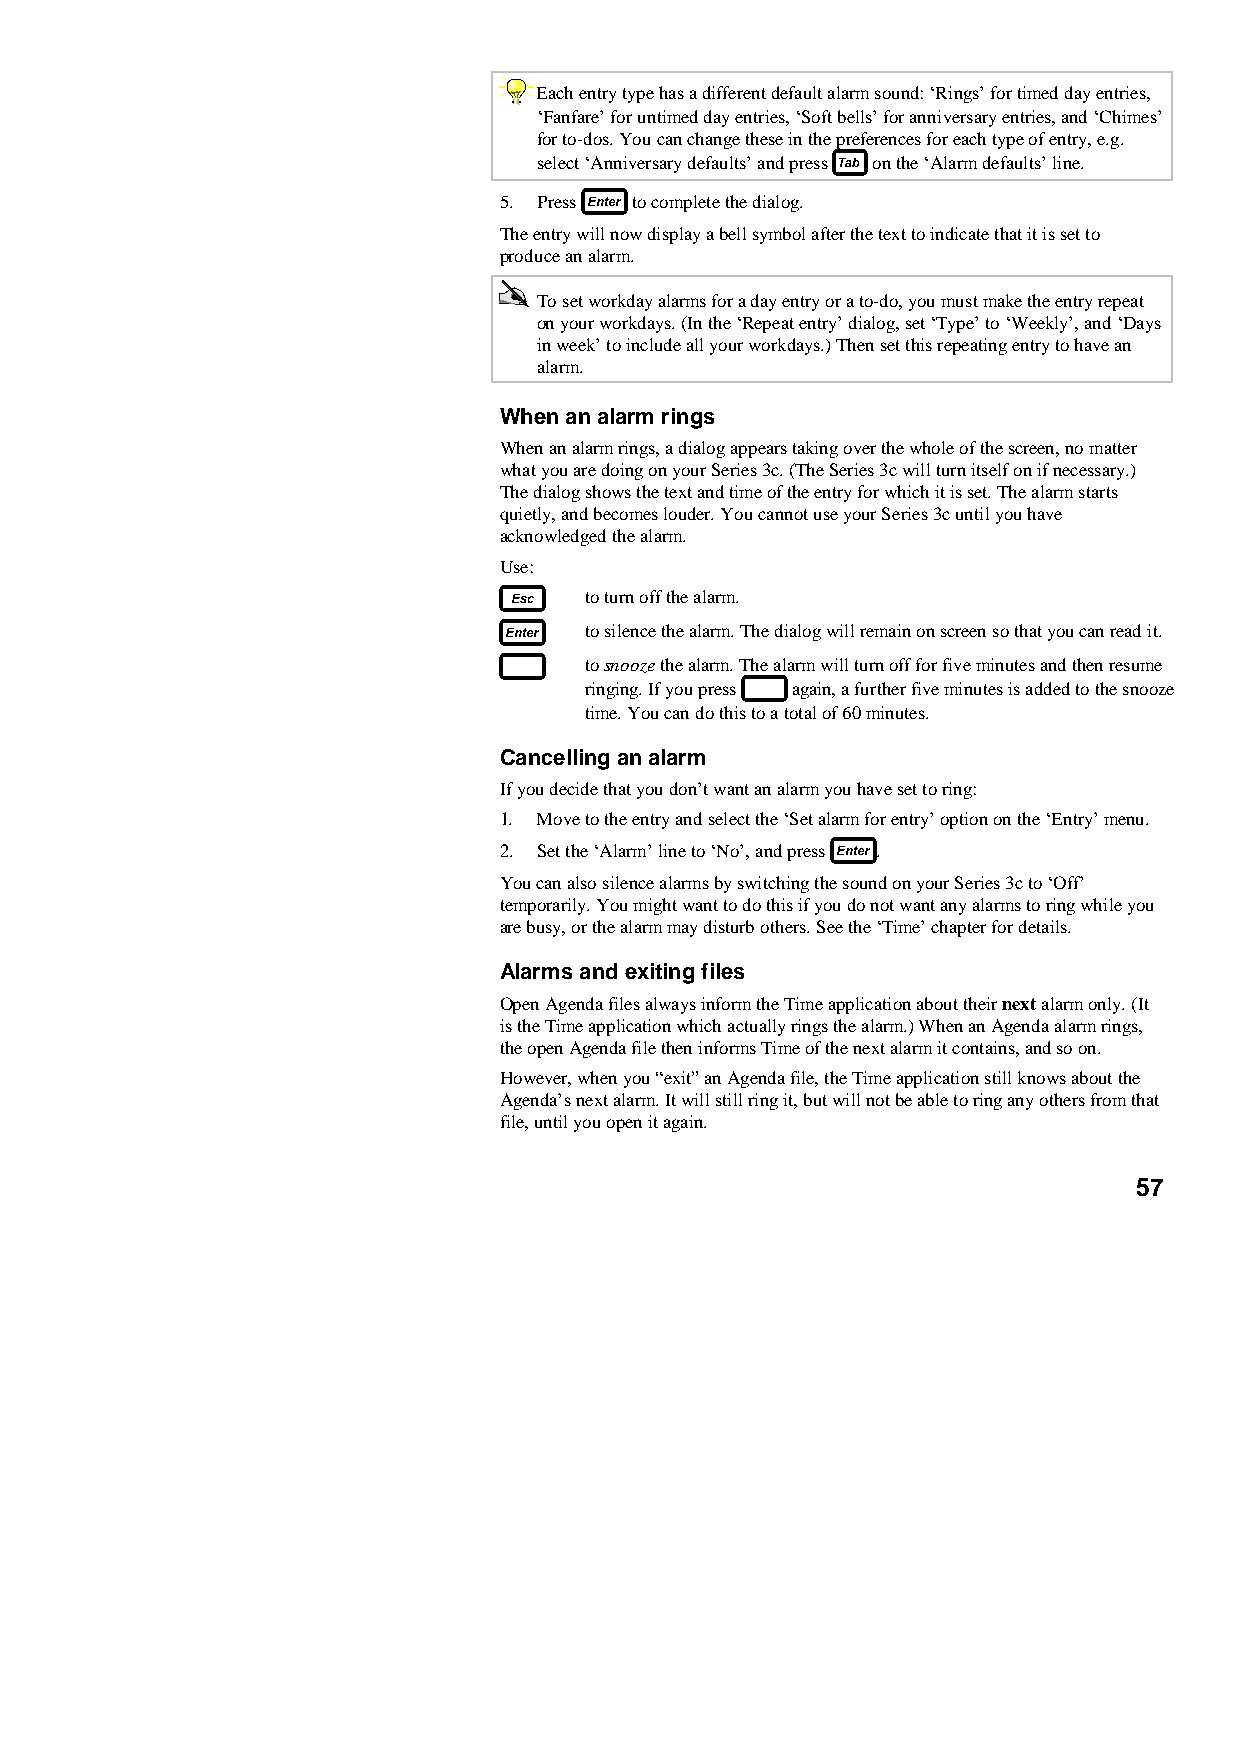
Each entry type has a different default alarm sound: ‘Rings’ for timed day entries,
 ‘Fanfare’ for untimed day entries, ‘Soft bells’ for anniversary entries, and ‘Chimes’
 for to-dos. You can change these in the preferences for each type of entry, e.g.
 select ‘Anniversary defaults’ and press on the ‘Alarm defaults’ line.
 5. Press to complete the dialog.
 The entry will now display a bell symbol after the text to indicate that it is set to
 produce an alarm.
 To set workday alarms for a day entry or a to-do, you must make the entry repeat
 on your workdays. (In the ‘Repeat entry’ dialog, set ‘Type’ to ‘Weekly’, and ‘Days
 in week’ to include all your workdays.) Then set this repeating entry to have an
 alarm.
 When an alarm rings
 When an alarm rings, a dialog appears taking over the whole of the screen, no matter
 what you are doing on your Series 3c. (The Series 3c will turn itself on if necessary.)
 The dialog shows the text and time of the entry for which it is set. The alarm starts
 quietly, and becomes louder. You cannot use your Series 3c until you have
 acknowledged the alarm.
 Use:
 to turn off the alarm.
 to silence the alarm. The dialog will remain on screen so that you can read it.
 to snooze the alarm. The alarm will turn off for five minutes and then resume
 ringing. If you press again, a further five minutes is added to the snooze
 time. You can do this to a total of 60 minutes.
 Cancelling an alarm
 If you decide that you don’t want an alarm you have set to ring:
 1. Move to the entry and select the ‘Set alarm for entry’ option on the ‘Entry’ menu.
 2. Set the ‘Alarm’ line to ‘No’, and press .
 You can also silence alarms by switching the sound on your Series 3c to ‘Off’
 temporarily. You might want to do this if you do not want any alarms to ring while you
 are busy, or the alarm may disturb others. See the ‘Time’ chapter for details.
 Alarms and exiting files
 Open Agenda files always inform the Time application about their next alarm only. (It
 is the Time application which actually rings the alarm.) When an Agenda alarm rings,
 the open Agenda file then informs Time of the next alarm it contains, and so on.
 However, when you “exit” an Agenda file, the Time application still knows about the
 Agenda’s next alarm. It will still ring it, but will not be able to ring any others from that
 file, until you open it again.
 57